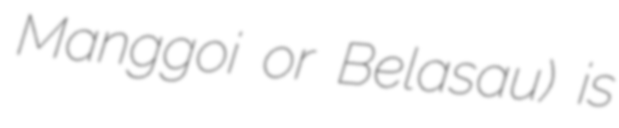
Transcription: Manggoi or Belasau) is